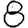
Digit: 8